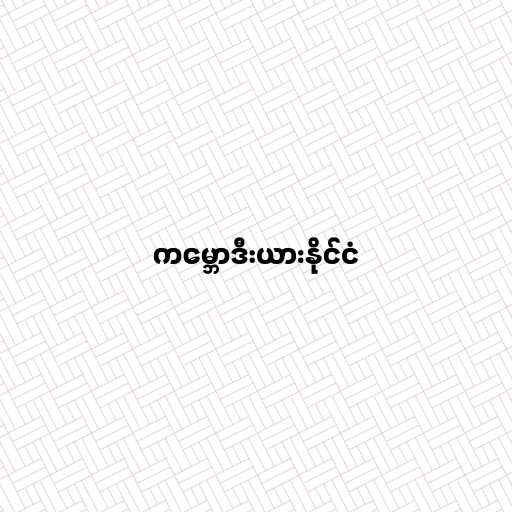
ကမ္ဘောဒီးယားနိုင်ငံ